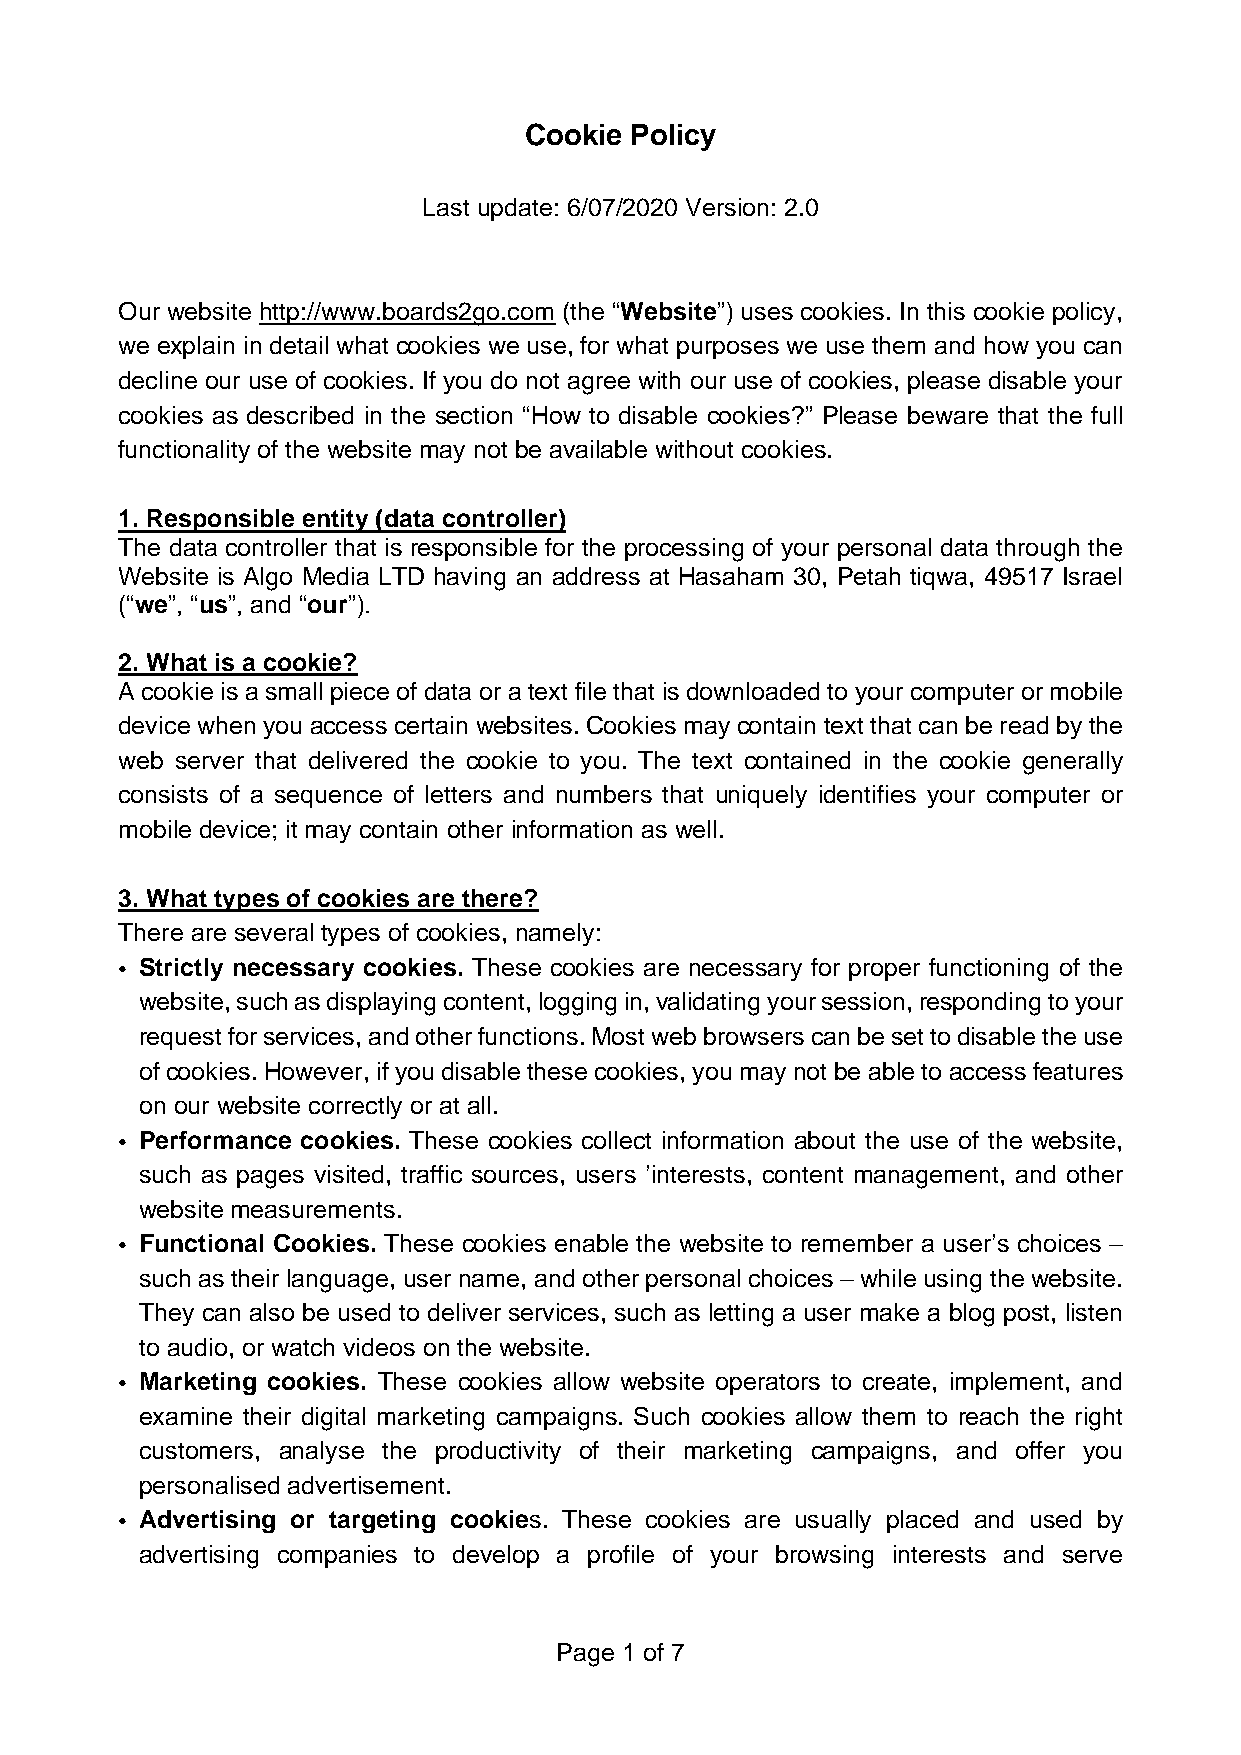
Cookie Policy
 Last update: 6/07/2020 Version: 2.0
 Our website http://www.boards2go.com (the “Website”) uses cookies. In this cookie policy,
 we explain in detail what cookies we use, for what purposes we use them and how you can
 decline our use of cookies. If you do not agree with our use of cookies, please disable your
 cookies as described in the section “How to disable cookies?” Please beware that the full
 functionality of the website may not be available without cookies.
 1. Responsible entity (data controller)
 The data controller that is responsible for the processing of your personal data through the
 Website is Algo Media LTD having an address at Hasaham 30, Petah tiqwa, 49517 Israel
 (“we”, “us”, and “our”).
 2. What is a cookie?
 A cookie is a small piece of data or a text file that is downloaded to your computer or mobile
 device when you access certain websites. Cookies may contain text that can be read by the
 web server that delivered the cookie to you. The text contained in the cookie generally
 consists of a sequence of letters and numbers that uniquely identifies your computer or
 mobile device; it may contain other information as well.
 3. What types of cookies are there?
 There are several types of cookies, namely:
 • Strictly necessary cookies. These cookies are necessary for proper functioning of the
 website, such as displaying content, logging in, validating your session, responding to your
 request for services, and other functions. Most web browsers can be set to disable the use
 of cookies. However, if you disable these cookies, you may not be able to access features
 on our website correctly or at all.
 • Performance cookies. These cookies collect information about the use of the website,
 such as pages visited, traffic sources, users ’interests, content management, and other
 website measurements.
 • Functional Cookies. These cookies enable the website to remember a user’s choices –
 such as their language, user name, and other personal choices – while using the website.
 They can also be used to deliver services, such as letting a user make a blog post, listen
 to audio, or watch videos on the website.
 • Marketing cookies. These cookies allow website operators to create, implement, and
 examine their digital marketing campaigns. Such cookies allow them to reach the right
 customers, analyse the productivity of their marketing campaigns, and offer you
 personalised advertisement.
 • Advertising or targeting cookies. These cookies are usually placed and used by
 advertising companies to develop a profile of your browsing interests and serve
 Page 1 of 7